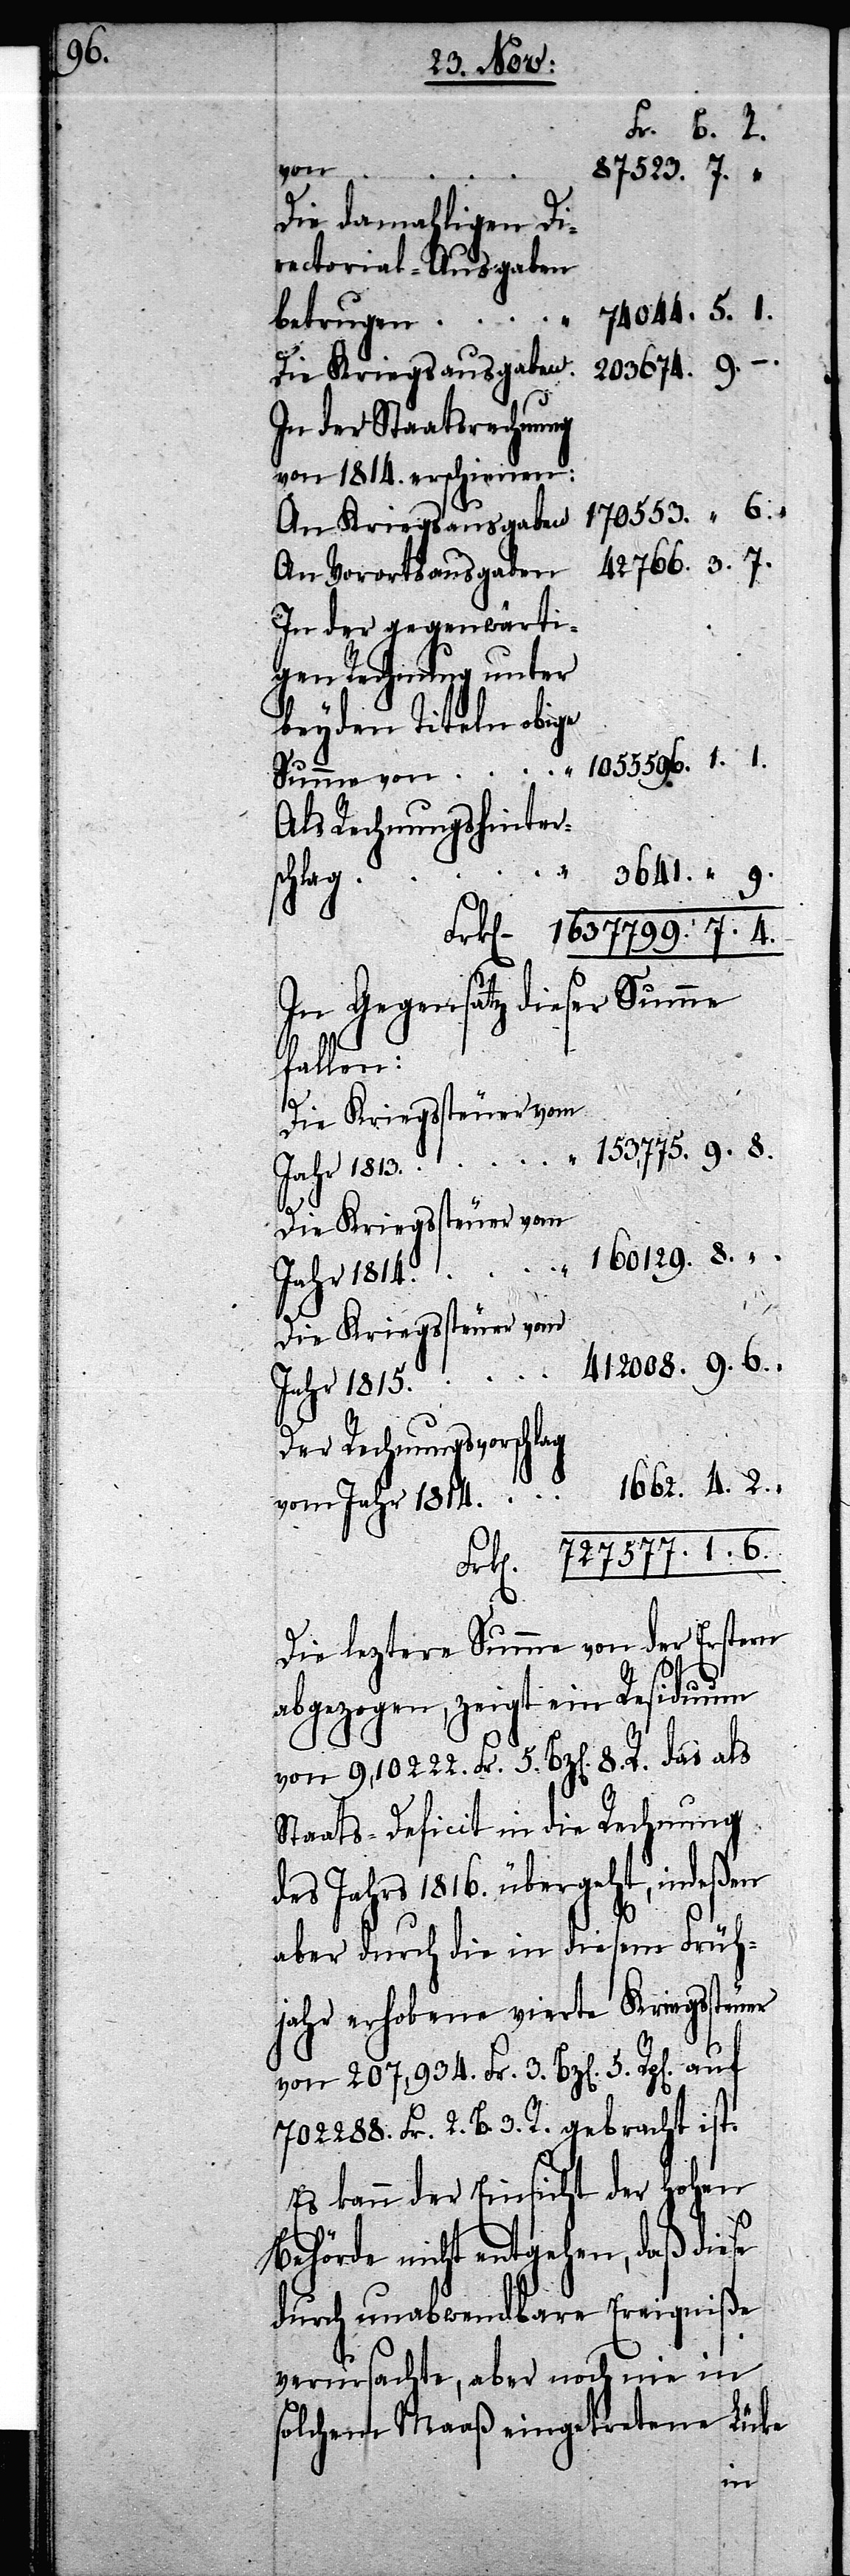
6.

Frk[en].
von
87523.
Die damahligen Di¬
rectorial-Ausgaben
betrugen
207,934. Fr.
Die Kriegsausgaben
In der Staatsrechnung
von 1814. erschienen:
170553.
An Kriegsausgaben
An Vorortsausgaben
In der gegenwärti¬
gen Rechnung unter
beyden Titeln obige
Als Rechnungshinter¬
8.
3641.
hlag
In Gegensatz dieser Summe
fallen:
Die Kriegssteuer vom
5.
Der Rechnungsvorschlag
Die leztere Summe von der Erstern
abgezogen, zeigt ein Residuum
von 9,10222. Fr. 5. Bz[en]. 8. R. das
Staats-Deficit in die Rechnung
des Jahres 1816. übergeht, indeßen
aber durch die in diesem Früh¬
jahr erhobene vierte Kriegssteuer
702288. Fr. 2. B. 3. R. gebracht ist.
Es kann der Einsicht der Hohen
Behörde nicht entgehen, daß diese
durch unabwendbare Ereigniße
verursachte, aber noch nie in
olchem Maaß eingetretene Luke
s¬